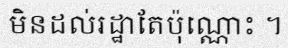
មិនដល់រដ្ឋាតែប៉ុណ្ណោះ ។